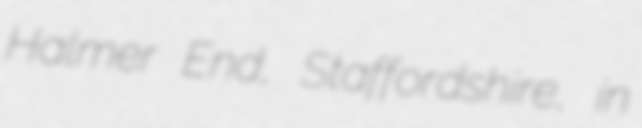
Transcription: Halmer End, Staffordshire, in